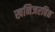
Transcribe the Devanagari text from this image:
खनिजरहित